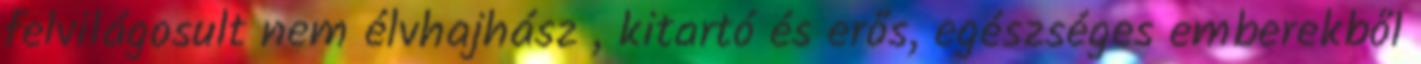
felvilágosult nem élvhajhász , kitartó és erős, egészséges emberekből